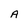
Character: A